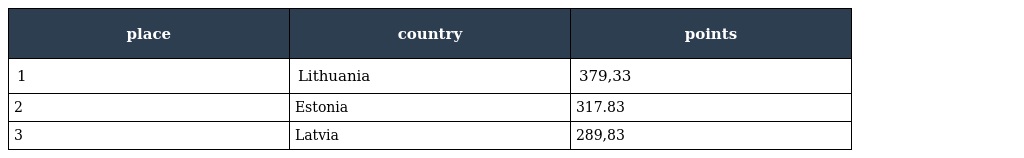
| place | country | points |
 | --- | --- | --- |
 | 1 | Lithuania | 379,33 |
 | 2 | Estonia | 317.83 |
 | 3 | Latvia | 289,83 |